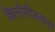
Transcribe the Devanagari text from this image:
कैलोमीस्कस